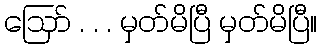
ဪ . . . မှတ်မိပြီ မှတ်မိပြီ။